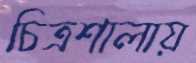
চিত্রশালায়